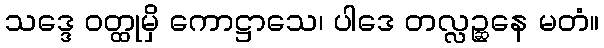
သဒ္ဒေ ဝတ္ထုမှိ ကောဋ္ဌာသေ၊ ပါဒေ တလ္လဉ္ဆနေ မတံ။